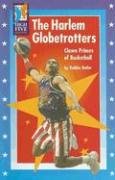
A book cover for The Harlem Globetrotters: Clown Princes of Basketball; Robbie Butler; Sports & Outdoors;